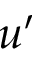
u ^ { \prime }